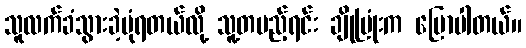
သူလက်ခံသွားခဲ့ပုံရတယ်လို့ သူ့တပည့်ရင်း ချိုပြုံးက ပြောပါတယ်။